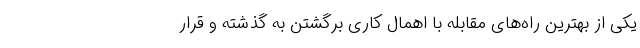
یکی از بهترین راه‌های مقابله با اهمال کاری برگشتن به گذشته و قرار